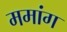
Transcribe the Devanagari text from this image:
ममांग